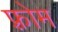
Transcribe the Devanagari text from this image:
फ़्रोम